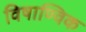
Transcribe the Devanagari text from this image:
विषाण्विक